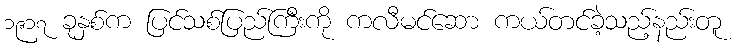
၁၉၁၇ ခုနှစ်က ပြင်သစ်ပြည်ကြီးကို ကလီမင်ဆော ကယ်တင်ခဲ့သည့်နည်းတူ